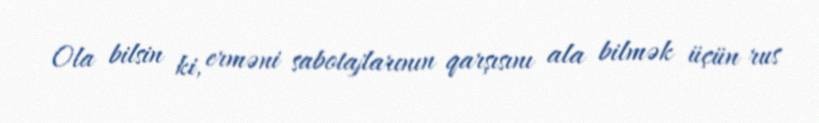
Ola bilsin ki, erməni sabotajlarının qarşısını ala bilmək üçün rus